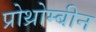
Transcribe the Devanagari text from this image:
प्रोथ्रोम्बीन